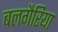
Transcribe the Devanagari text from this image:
बलगैरिया